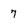
Character: 7